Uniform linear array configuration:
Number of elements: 24
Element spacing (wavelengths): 0.5
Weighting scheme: exponential
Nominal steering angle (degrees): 45
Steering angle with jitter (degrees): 43.832
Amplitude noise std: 0.05
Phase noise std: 0.05

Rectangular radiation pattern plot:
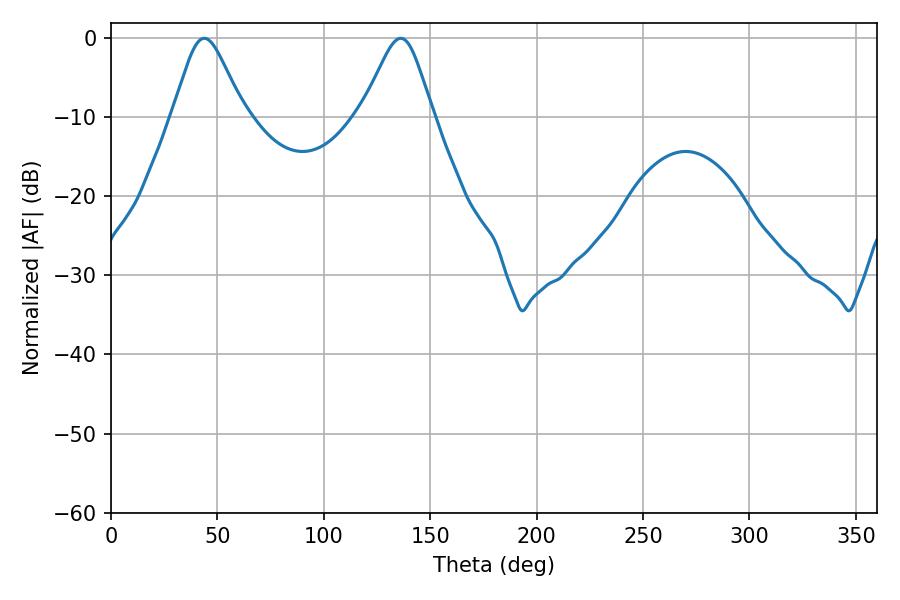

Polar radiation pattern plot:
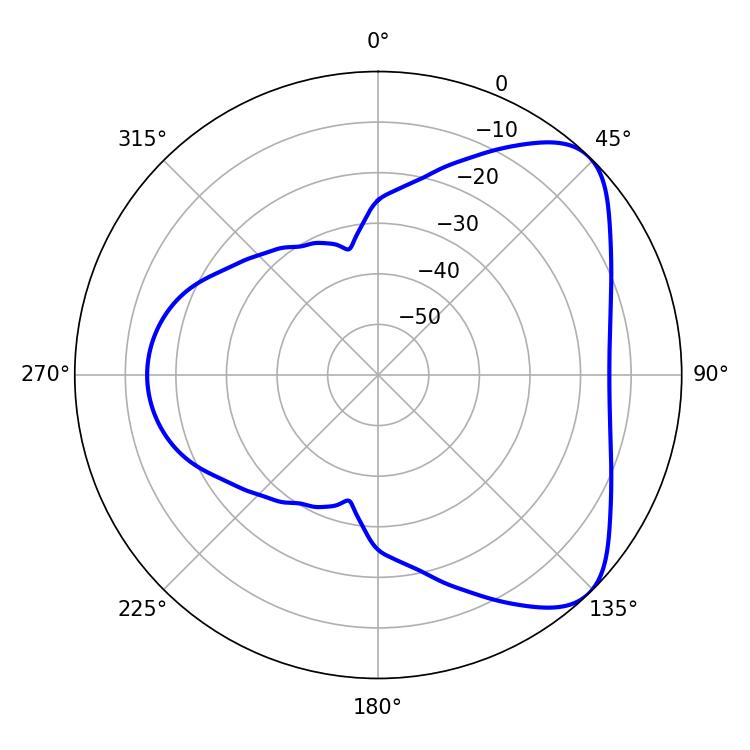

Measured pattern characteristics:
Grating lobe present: FALSE
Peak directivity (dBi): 6.158
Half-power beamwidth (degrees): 16.2
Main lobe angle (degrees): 43.92